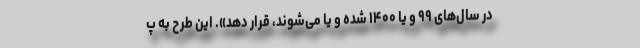
در سال‌های ۹۹ و یا ۱۴۰۰ شده و یا می‌شوند، قرار دهد». این طرح به پ